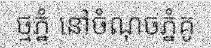
ថ្មភ្នំ នៅចំណុចភ្នំគូ